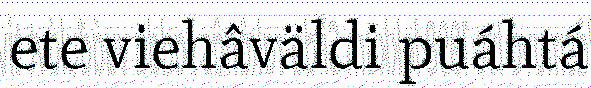
ete viehâväldi puáhtá